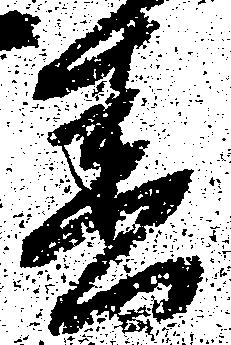
春